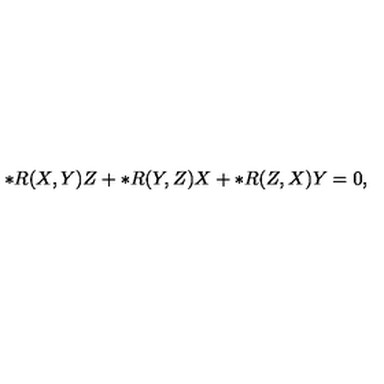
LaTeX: \ast R ( X , Y ) Z + \ast R ( Y , Z ) X + \ast R ( Z , X ) Y = 0 ,